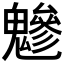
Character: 𩴑